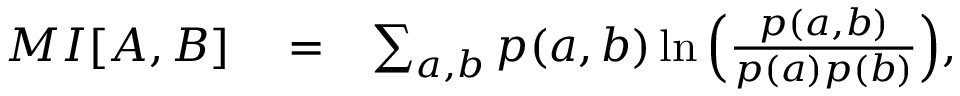
\begin{array} { r l r } { { M I } [ A , B ] } & { { } = } & { \sum _ { a , b } p ( a , b ) \ln \Big ( \frac { p ( a , b ) } { p ( a ) p ( b ) } \Big ) , } \end{array}